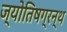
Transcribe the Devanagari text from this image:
ज्योतिषग्रन्थ